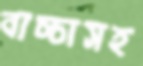
বাচ্চাসহ